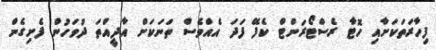
ފިހާރަތަކަށާއި ހޮޓާ ރެސްޓޯރަންޓް ކެފޭ ފަދަ އެއްވެސް ތަނަކަށް އާދީއްތަ ދުވަހުން ފެށިގެން